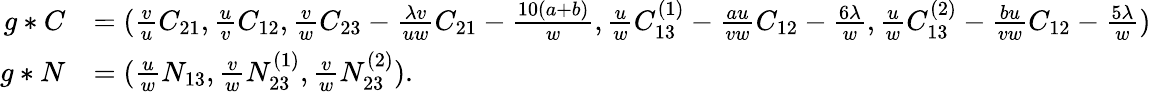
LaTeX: \begin{array}{rl}{g\ast C}&{=(\frac{v}{u}C_{21},\frac{u}{v}C_{12},\frac{v}{w}C_{23}-\frac{\lambda v}{uw}C_{21}-\frac{10(a+b)}{w},\frac{u}{w}C_{13}^{(1)}-\frac{au}{vw}C_{12}-\frac{6\lambda}{w},\frac{u}{w}C_{13}^{(2)}-\frac{bu}{vw}C_{12}-\frac{5\lambda}{w})}\\ {g\ast N}&{=(\frac{u}{w}N_{13},\frac{v}{w}N_{23}^{(1)},\frac{v}{w}N_{23}^{(2)}).}\end{array}